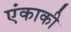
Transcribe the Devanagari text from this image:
एंकाकी